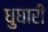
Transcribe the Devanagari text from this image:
धुघारी